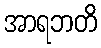
အာရဘတိ